画像に写った文字を読んでください
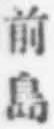
「前島」と書いてあります